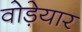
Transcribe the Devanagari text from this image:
वोड़ेयार